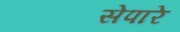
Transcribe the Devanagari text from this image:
सेपारे